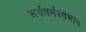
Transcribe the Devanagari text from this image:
सर्वधर्मस्वभाव